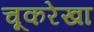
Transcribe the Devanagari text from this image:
चूकरेखा